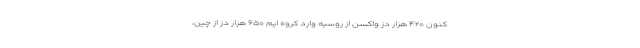
کنون ۴۲۰ هزار دز واکسن از روسیه وارد کروه ایم ۶۵۰ هزار دز از چین،